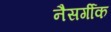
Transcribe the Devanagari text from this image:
नैसर्गीक